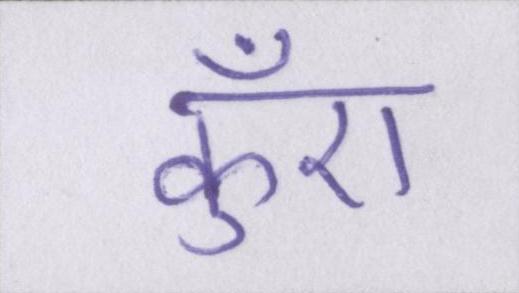
कुँए